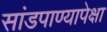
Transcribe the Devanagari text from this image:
सांडपाण्यापेक्षा